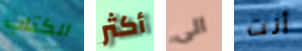
الكتاب أكثر الى أنت